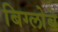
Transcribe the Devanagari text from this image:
बिग्लोबे